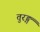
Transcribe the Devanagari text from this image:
तुरङ्ग